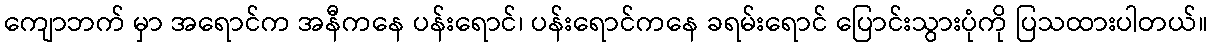
ကျောဘက် မှာ အရောင်က အနီကနေ ပန်းရောင်၊ ပန်းရောင်ကနေ ခရမ်းရောင် ပြောင်းသွားပုံကို ပြသထားပါတယ်။